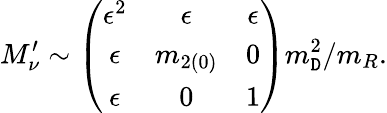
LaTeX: M_{\nu}^{\prime}\sim\left(\begin{array}{ccc}{{\epsilon^{2}}}&{{\epsilon}}&{{\epsilon}}\\ {{\epsilon}}&{{m_{2(0)}}}&{{0}}\\ {{\epsilon}}&{{0}}&{{1}}\end{array}\right)m_{\mathtt{D}}^{2}/m_{R}.